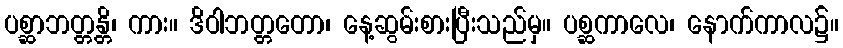
ပစ္ဆာဘတ္တန္တိ၊ ကား။ ဒိဝါဘတ္တတော၊ နေ့ဆွမ်းစားပြီးသည်မှ။ ပစ္ဆကာလေ၊ နောက်ကာလ၌။